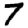
Digit: 7